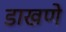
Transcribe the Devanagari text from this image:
डाखणे